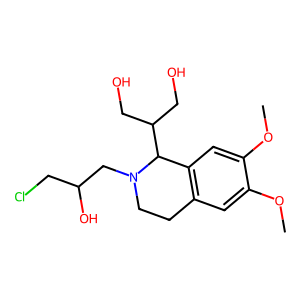
SMILES: COc1cc2c(cc1OC)C(C(CO)CO)N(CC(O)CCl)CC2
Inhibits HIV replication: No